Annual report of the Civil Veterinary Department, Bengal, for the year 1897-98 - 1897-1898
Year: 1897
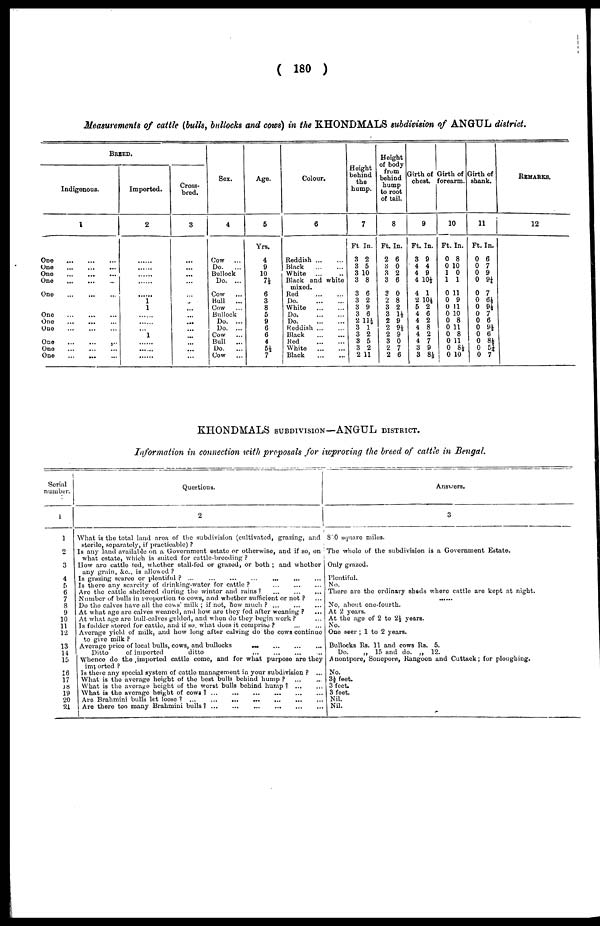
( 180 )
Measurements of cattle (bulls, bullocks and cows) in the KHONDMALS subdivision of ANGUL district.
BREED.
Indigenous.
1
One
One
One
One
One
One
One
One
One
One
One
Imported.
2
......
......
......
.....
.....
1
1
...
...
...
1
....
......
......
Cross-
bred.
3
...
...
...
...
...
...
...
...
...
...
...
...
...
...
Sex.
4
Cow ...
Do.
...
Bullock
Do. ...
Cow ...
Bull
...
Cow ...
Bullock
Do. ...
Do. ...
Cow ...
Bull
...
Do.
...
Cow ...
Age.
5
Yrs.
4
9
10
7½
6
3
8
5
9
6
6
4
5½
7
Colour,
6
Reddish
Black
White
Black and white
mixed.
Red
Do
White
Do
Do
Reddish ...
Black
Red
...
...
White
Black
Height
behind
the
hump.
7
Ft. In.
3 2
3 5
3 10
3 8
3 6
3 2
3 9
3 6
2 11½
3 1
3 2
3 5
3 2
2 11
Height
of body
from
behind
hump
to root
of tail.
8
Ft. In.
2 6
3 0
3 2
3 6
3 0
2 8
3 2
3 1½
2 9
2 9½
2 9
3 0
2 7
2 6
Girth of
chest.
9
Ft. In.
3 9
4 4
4 9
4 10½
4 1
2 104
5 2
4 6
4 2
4 8
4 2
4 7
3 9
3 8½
Girth of
forearm.
10
Ft. In.
0 8
0 10
1 0
1 1
0 11
0 9
0 11
0 10
0 8
0 11
0 8
0 11
0 8½
0 10
Girth of
shank.
11
Ft. In.
0 6
0 7
0 9
0 9¼
0 7
0 6½
0 9½
0 7
0 6
0 9½
0 6
0 8½
0 5¼
0 7
REMARKS.
12
KHONDMALS SUBDIVISION—ANGUL DISTRICT.
Information in connection with proposals for iwproving the breed of cattle in Bengal.
Serial
number.
1
1
2
3
4
5
6
7
8
9
10
11
12
13
14
15
16
17
18
19
20
21
Questions.
2
What is the total land area of the subdivision (cultivated, grazing, and
sterile, separately, if practicable) ?
Is any land available on a Government estate or otherwise, and if so, on
what estate, which is suited for cattle-breeding ?
How are cattle ted, whether stall-fed or grazed, or both ; and whether
any grain, &c., is allowed ?
Is grazing scarce or plentiful ? ... ... ... ...
Is there any scarcity of drinking-water for cattle ? ... ... ...
Are the cattle sheltered during the winter and rains?
...
...
...
Number of bulls in proportion to cows, and whether sufficient or not ? ...
Do the calves have all the cows' milk ; if not, How much ? ... ... ...
At what age are calves weaned, and how are they fed after weaning ? ...
At what age are bull-calves gelded, and when do they begin work ? ...
Is fodder stored for cattle, and if so. what does it comprise ? ... ...
Average yield of milk, and how long after calving do the cows continue
to give milk ?
Average price of local bulls, cows, and bullocks ... ... ... ... ...
Ditto
of imported
ditto
Whence do the imported cattle come, and for what purpose are they
imported ?
Is there any special system of cattle management in your subdivision ? ...
What is the average height of the best bulls behind hump ? ... ...
What is the average height of the worst bulls behind hump ? ... ...
What is the average height of cows ? ...
...
...
...
...
...
Are Brahmini bulls let loose ?
...
...
...
...
...
...
...
...
Are there too many Brahmini bulls?
...
...
...
...
..
...
...
Answers.
3
870 square miles.
The whole of the subdivision is a Government Estate.
Only grazed.
Plentiful.
No.
There are the ordinary sheds where cattle are kept at night.
No, about one-fourth.
At 2 years.
At the age of 2 to 2½ years.
No.
One seer ; 1 to 2 years.
Bullocks Rs. 11 and cows Rs. 5.
Do.
„
15 and do. „ 12.
Anontpore, Sonepore, Rangoon and Cuttack; for ploughing.
No.
3-4 feet.
3 feet.
3 feet.
Nil.
Nil.